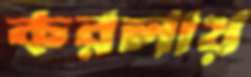
করলায়